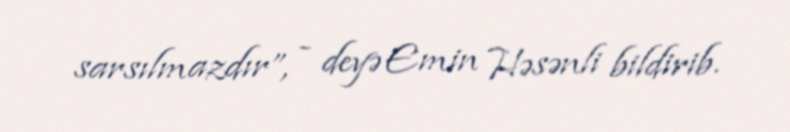
sarsılmazdır”, - deyə Emin Həsənli bildirib.